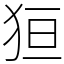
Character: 狟